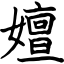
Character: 嬗